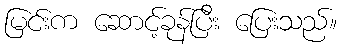
မြင်းက ဆောင့်ခုန်ပြီး ပြေးသည်။